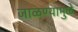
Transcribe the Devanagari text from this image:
जाळण्यामुळे